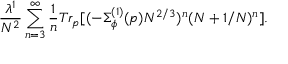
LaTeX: \frac { \lambda ^ { 1 } } { N ^ { 2 } } \sum _ { n = 3 } ^ { \infty } \frac { 1 } { n } T r _ { p } [ ( - \Sigma _ { \phi } ^ { ( 1 ) } ( p ) N ^ { 2 / 3 } ) ^ { n } ( N + 1 / N ) ^ { n } ] .